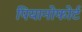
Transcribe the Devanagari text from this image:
पियानोफोर्ट